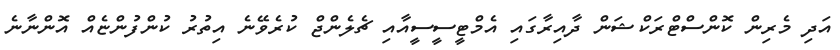
އަދި މެރިން ކޮންސްޓްރަކްޝަން ދާއިރާގައި އެމްޓީސީސީއާއި ޗެލެންޖް ކުރެވޭނެ އިތުރު ކުންފުންޏެއް އޮންނާނެ